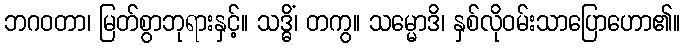
ဘဂဝတာ၊ မြတ်စွာဘုရားနှင့်။ သဒ္ဓိံ၊ တကွ။ သမ္မောဒိ၊ နှစ်လိုဝမ်းသာပြောဟော၏။